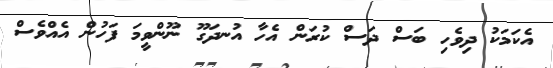
އެކަމަކު ދިވެހި ބަސް ދަސް ކުރަން އެހާ އުނދަގޫ ނޫންވީމަ ފަހުން އެއްވެސް